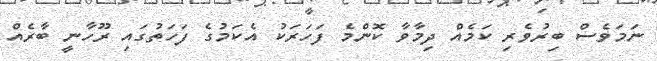
ނަމަވެސް ބިރުވެރި ކަމެއް ދިމާވާ ކޮންމެ ފަހަރަކު އެކަމުގެ ފަހަތުގައި ރޫހާނީ ބާރެއް